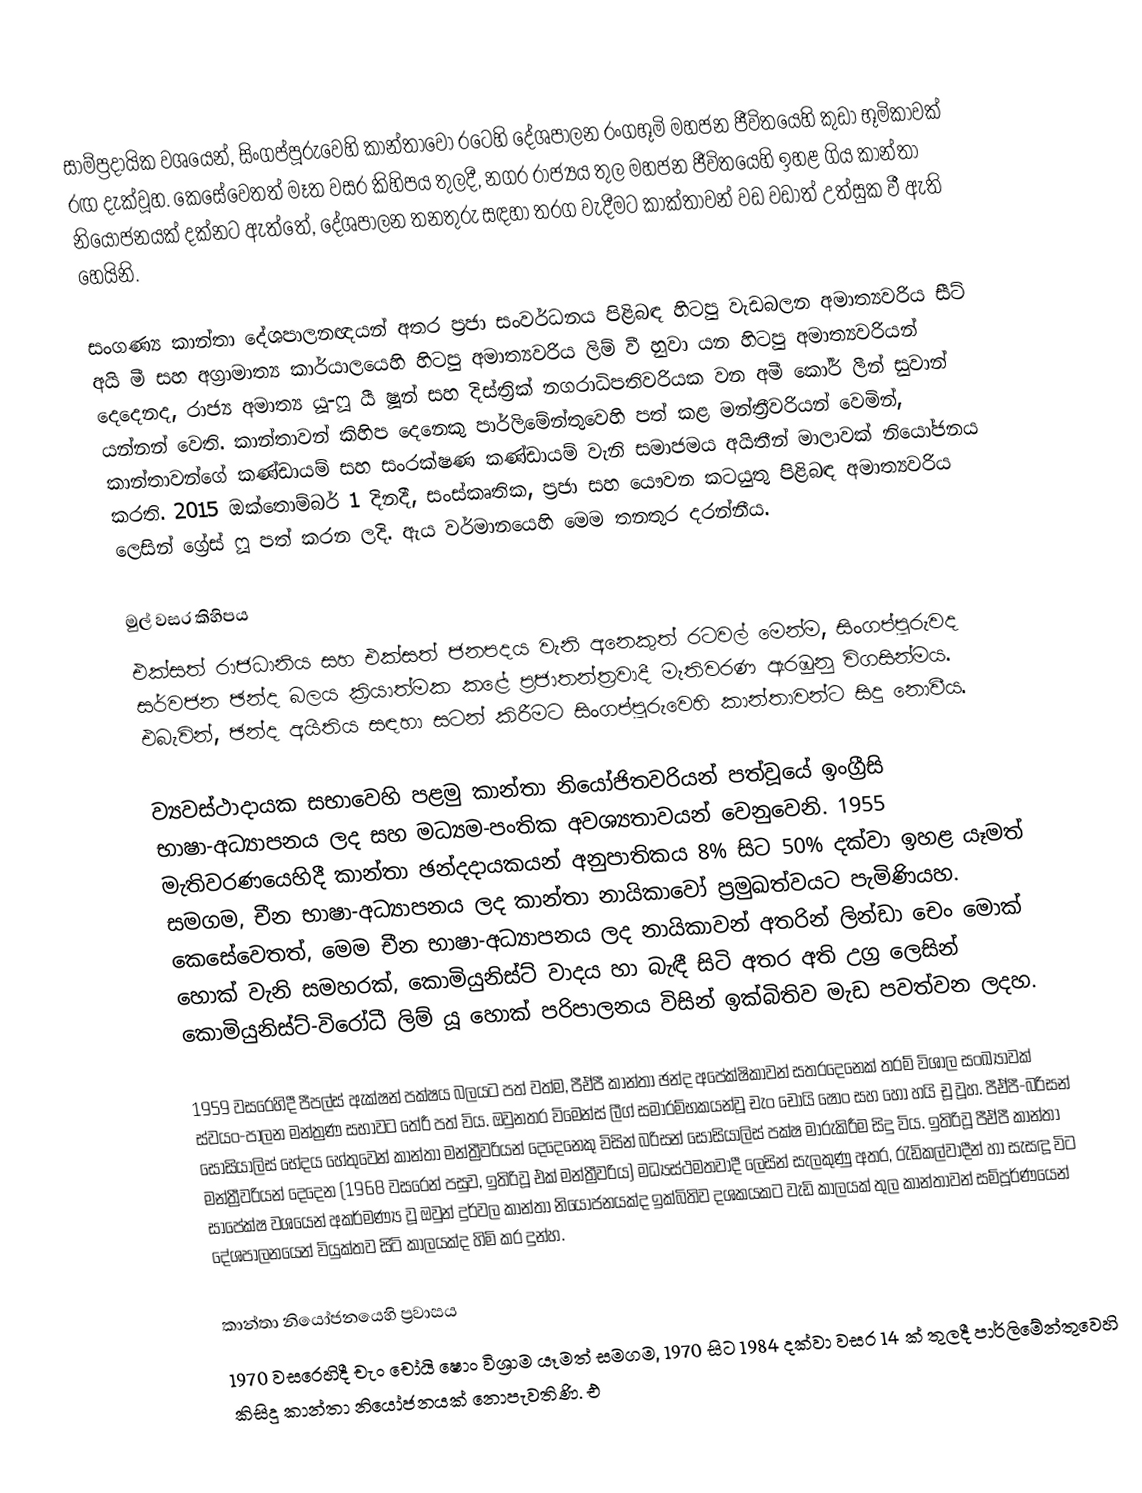
සාම්ප්‍රදායික වශයෙන්, සිංගප්පූරුවෙහි කාන්තාවෝ රටෙහි දේශපාලන රංගභූමි මහජන ජීවිතයෙහි කුඩා භූමිකාවක් රඟ දැක්වූහ. කෙසේවෙතත් මෑත වසර කිහිපය තුලදී, නගර රාජ්‍යය තුල මහජන ජීවිතයෙහි ඉහළ ගිය කාන්තා නියෝජනයක් දක්නට ඇත්තේ, දේශපාලන තනතුරු සඳහා තරග වැදීමට කාක්තාවන් වඩ වඩාත් උත්සුක වී ඇති හෙයිනි.

සංගණ්‍ය කාන්තා දේශපාලනඥයන් අතර  ප්‍රජා සංවර්ධනය පිළිබඳ හිටපු වැඩබලන අමාත්‍යවරිය සීට් අයි මී සහ  අග්‍රාමාත්‍ය කාර්යාලයෙහි හිටපු අමාත්‍යවරිය ලිම් වී  හුවා යන හිටපු අමාත්‍යවරියන් දෙදෙනද, රාජ්‍ය අමාත්‍ය යූ-ෆූ යී ෂූන් සහ දිස්ත්‍රික් නගරාධිපතිවරියක වන අමී කෝර් ලීන් සුවාන් යන්නන් වෙති. කාන්තාවන් කිහිප දෙනෙකු පාර්ලිමේන්තුවෙහි පත් කළ මන්ත්‍රීවරියන් වෙමින්, කාන්තාවන්ගේ කණ්ඩායම් සහ සංරක්ෂණ කණ්ඩායම් වැනි සමාජමය අයිතීන් මාලාවක් නියෝජනය කරති. 2015 ඔක්තොම්බර් 1 දිනදී, සංස්කෘතික, ප්‍රජා සහ යෞවන කටයුතු පිළිබඳ අමාත්‍යවරිය ලෙසින්   ග්‍රේස් ෆූ පත් කරන ලදි. ඇය වර්මානයෙහි මෙම තනතුර දරන්නීය.

මුල් වසර කිහිපය
එක්සත් රාජධානිය සහ එක්සත් ජනපදය වැනි අනෙකුත් රටවල්  මෙන්ම, සිංගප්පූරුවද සර්වජන ඡන්ද බලය ක්‍රියාත්මක කළේ ප්‍රජාතන්ත්‍රවාදී මැතිවරණ ඇරඹුනු විගසින්මය. එබැවින්, ඡන්ද අයිතිය සඳහා සටන් කිරීමට සිංගප්පූරුවෙහි කාන්තාවන්ට සිදු නොවීය.

ව්‍යවස්ථාදායක සභාවෙහි පළමු කාන්තා නියෝජිතවරියන් පත්වූයේ ඉංග්‍රීසි භාෂා-අධ්‍යාපනය ලද සහ මධ්‍යම-පංතික අවශ්‍යතාවයන් වෙනුවෙනි. 1955 මැතිවරණයෙහිදී කාන්තා ඡන්දදායකයන් අනුපාතිකය 8% සිට 50% දක්වා ඉහළ යෑමත් සමගම, චීන භාෂා-අධ්‍යාපනය ලද කාන්තා නායිකාවෝ ප්‍රමුඛත්වයට පැමිණියහ. කෙසේවෙතත්, මෙම චීන භාෂා-අධ්‍යාපනය ලද නායිකාවන් අතරින් ලින්ඩා චෙං මොක් හොක් වැනි සමහරක්, කොමියුනිස්ට් වාදය හා බැඳී සිටි අතර අති උග්‍ර ලෙසින් කොමියුනිස්ට්-විරෝධී ලිම් යූ හොක් පරිපාලනය විසින් ඉක්බිතිව මැඩ පවත්වන ලදහ.

1959 වසරෙහිදී පීපල්ස් ඇක්ෂන් පක්ෂය බලයට පත් වත්ම, පීඒපී කාන්තා ඡන්ද අපේක්ෂිකාවන් සතරදෙනෙක් තරම් විශාල සංඛ්‍යාවක් ස්වයං-පාලන මන්ත්‍රණ සභාවට තේරී පත් විය. ඔවුනතර විමෙන්ස් ලීග් සමාරම්භකයන්වූ චැං චෝයි ෂොං සහ හෝ හයි චූ වූහ. පීඒපී-බරිසන් සොසියාලිස් භේදය හේතුවෙන් කාන්තා  මන්ත්‍රීවරියන් දෙදෙනෙකු විසින් බරිසන් සොසියාලිස් පක්ෂ මාරුකිරීම සිදු විය. ඉතිරිවූ පීඒපී කාන්තා මන්ත්‍රීවරියන් දෙදෙන (1968 වසරෙන් පසුව, ඉතිරිවූ එක් මන්ත්‍රීවරිය) මධ්‍යස්ථමතවාදී ලෙසින් සැලකුණු අතර, රැඩිකල්වාදීන් හා සැසඳූ විට සාපේක්ෂ වශයෙන් අකර්මණ්‍ය වූ ඔවුන් දුර්වල කාන්තා නියෝජනයක්ද ඉක්බිතිව දශකයකට වැඩි කාලයක් තුල කාන්තාවන් සම්පූර්ණයෙන් දේශපාලනයෙන් වියුක්තව සිටි කාලයක්ද හිමි කර දුන්හ.

කාන්තා නියෝජනයෙහි ප්‍රවාසය
1970 වසරෙහිදී චැං චෝයි ෂොං විශ්‍රාම යෑමත් සමගම, 1970 සිට 1984 දක්වා වසර 14 ක් තුලදී පාර්ලිමේන්තුවෙහි කිසිදු කාන්තා නියෝජනයක් නොපැවතිණි. එ